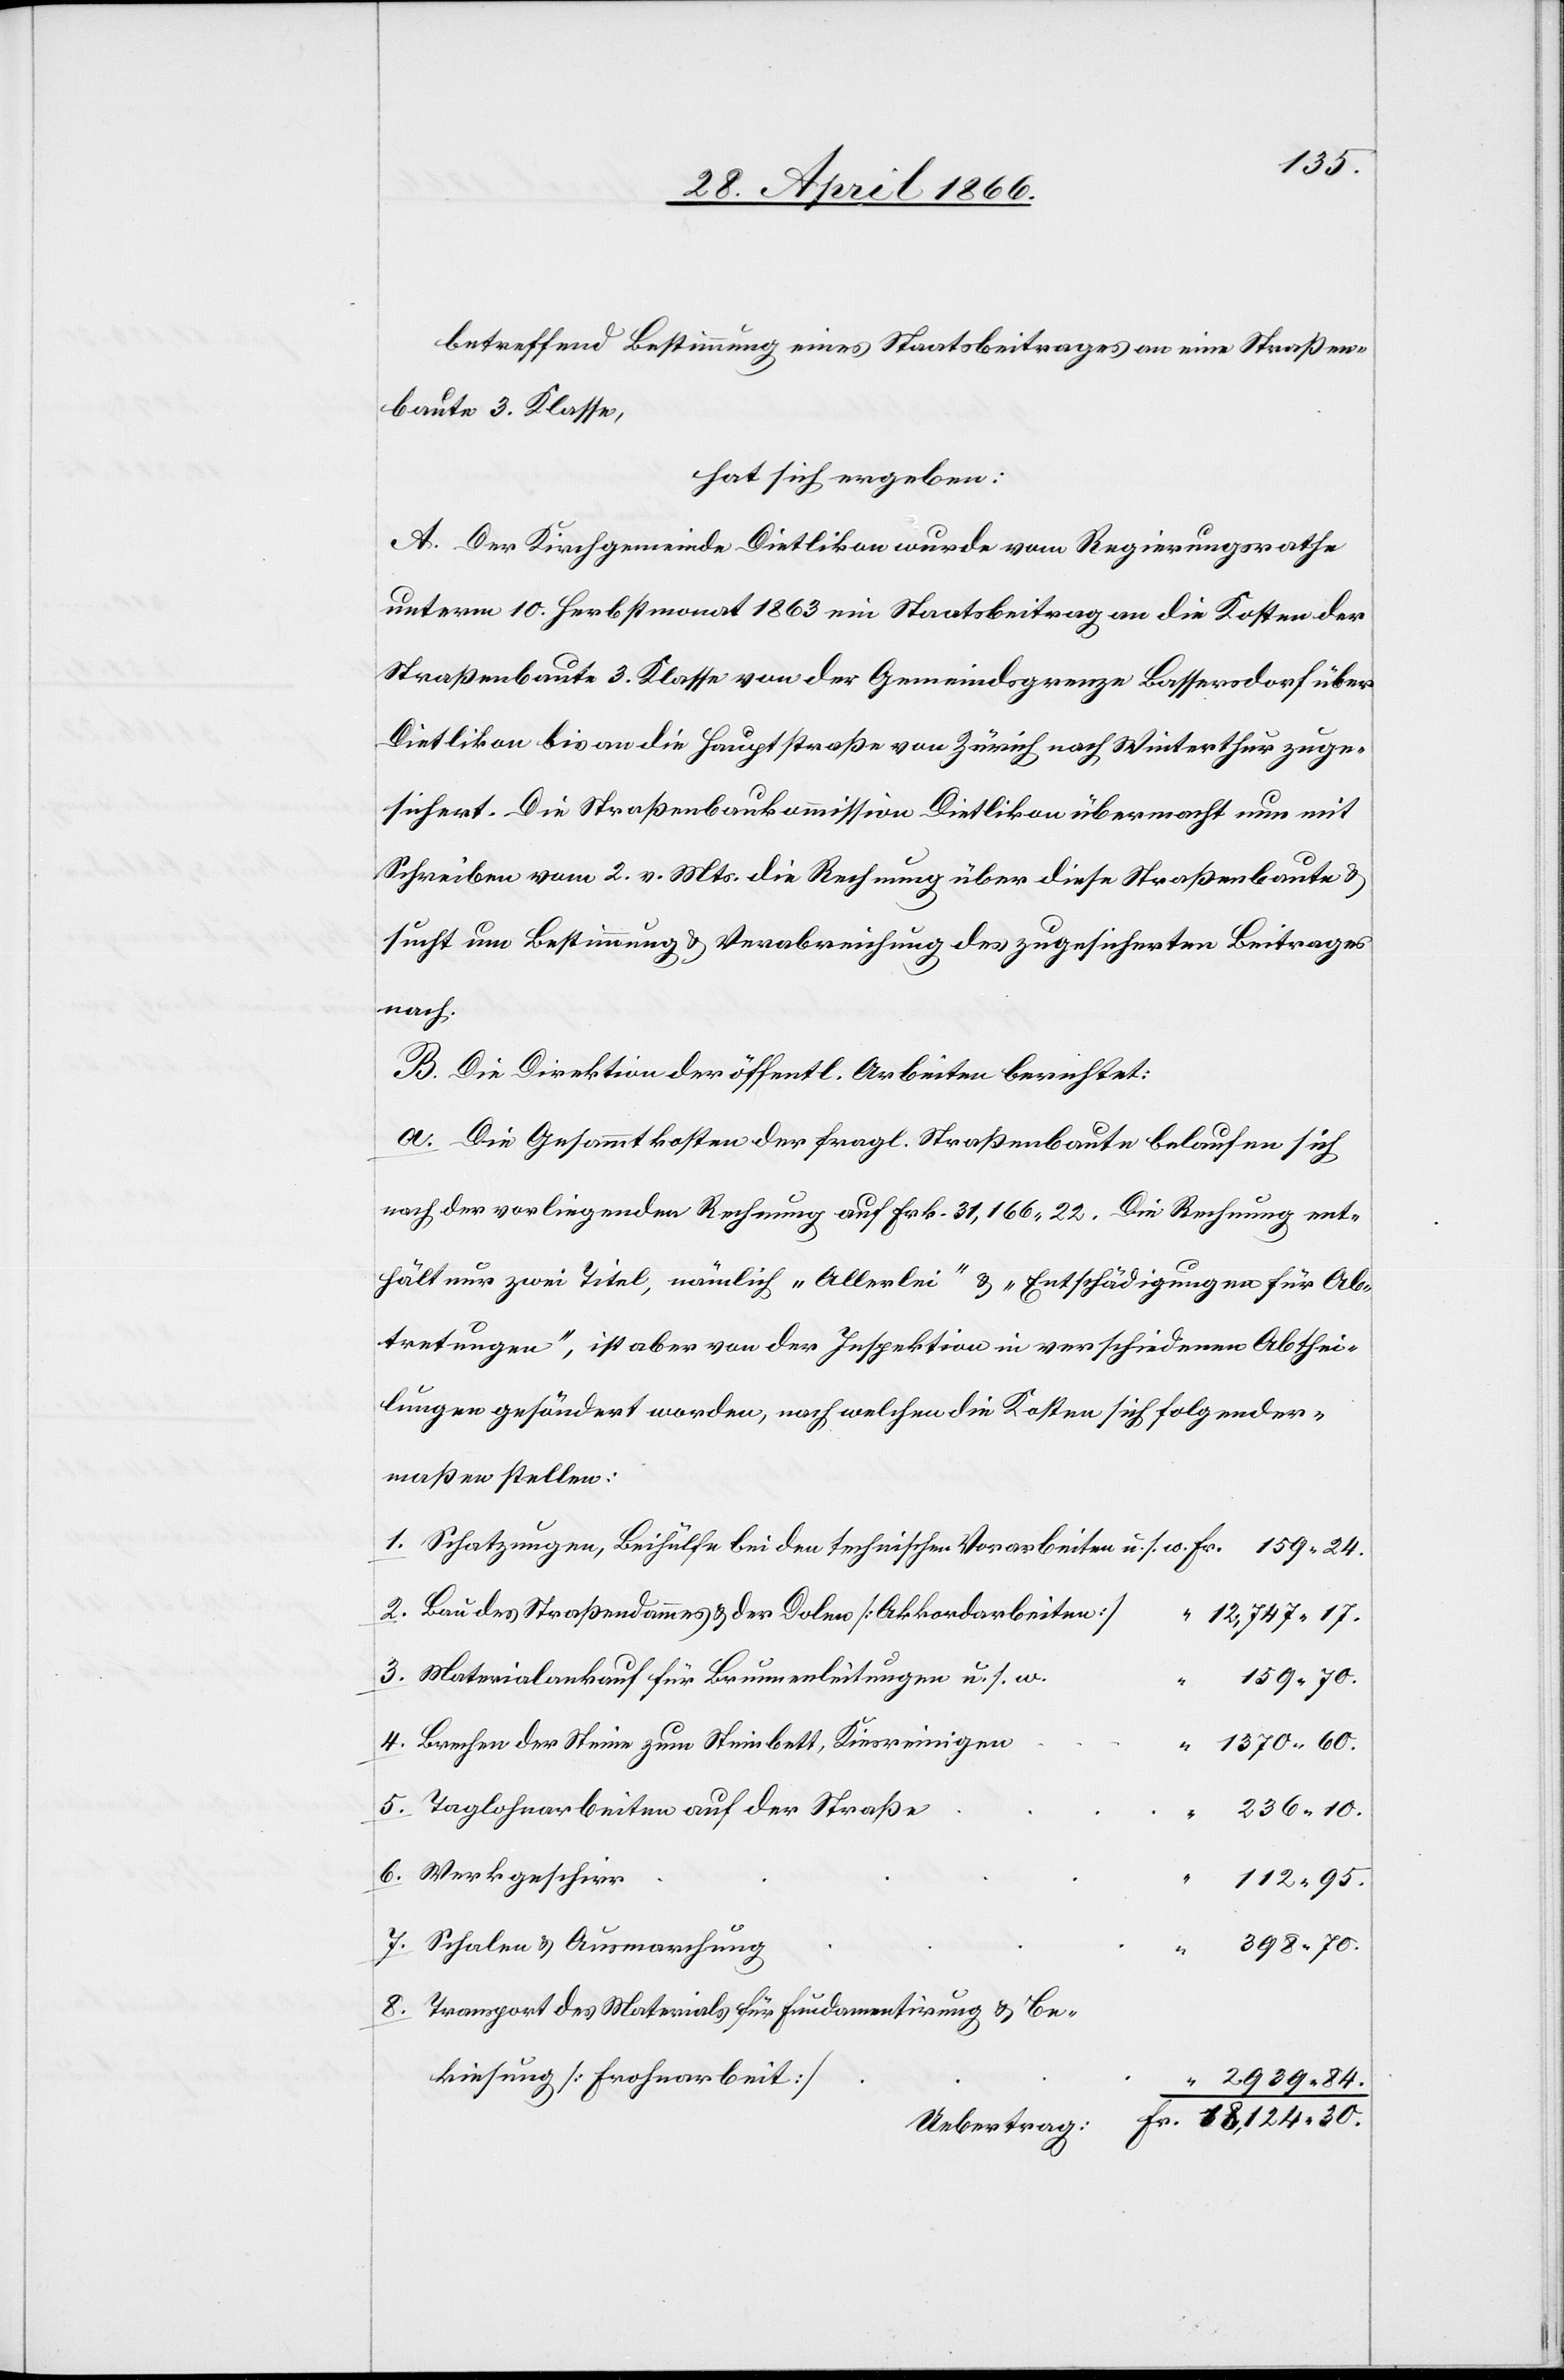
betreffend Bestimmung eines Staatsbeitrages an eine Straßen¬
baute 3. Klasse,
hat sich ergeben:
A. Der Kirchgemeinde Dietlikon wurde vom Regierungsrathe
unterm 10. Herbstmonat 1863 ein Staatsbeitrag an die Kosten der
Straßenbaute 3. Klasse von der Gemeindsgrenze Bassersdorf über
Dietlikon bis an die Hauptstraße von Zürich nach Winterthur zuge¬
sichert. Die Straßenbaukommission Dietlikon übermacht nun mit
Schreiben vom 2. v. Mts. die Rechnung über diese Straßenbaute u.
sucht um Bestimmung u. Verabreichung des zugesicherten Beitrages
nach.
B. Die Direktion der öffentl. Arbeiten berichtet:
a. Die Gesammtkosten der fragl Straßenbaute belaufen sich
nach der vorliegenden Rechnung auf Frk. 31 166.22. Die Rechnung ent¬
hält nur zwei Titel, nämlich „Allerlei“ u. „Entschädigungen für Ab¬
tretungen“, ist aber von der Inspektion in verschiedene Abthei¬
lungen gesöndert worden, nach welchen die Kosten sich folgender¬
maßen stellen:
Schatzungen, Beihülfe bei den technischen Vorarbeiten u. s. w.
Bau des Straßendammes u. der Dolen [Akkordarbeiten]
12 747.17.
Materialankauf für Brunnenleitungen u. s. w.
159.60.
Brechen der Steine zum Steinbett, Kiesreinigen
1370.60.
5.
Taglohnarbeiten auf der Straße
236.10.
112.95.
Schalen u. Ausmarchung
398.70.
Transport des Materials für Fundamentirung u. Be¬
kiesung [Frohnarbeit]
2939.84.